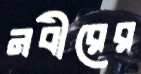
নবীরের